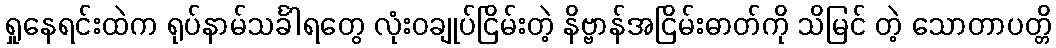
ရှုနေရင်းထဲက ရုပ်နာမ်သင်္ခါရတွေ လုံးဝချုပ်ငြိမ်းတဲ့ နိဗ္ဗာန်အငြိမ်းဓာတ်ကို သိမြင် တဲ့ သောတာပတ္တိ